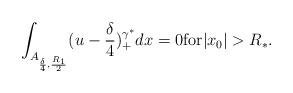
LaTeX: \begin{align*}\int_{A_{\frac{\delta}{4}, \frac{R_1}{2}}}(u - \frac{\delta}{4})_{+}^{\gamma^{*}}dx=0\mbox{for} \vert x_{0} \vert > R_{*}.\end{align*}